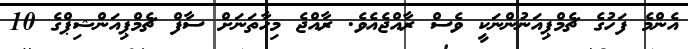
އެންމެ ފަހުގެ ޗެމްޕިއަނުންނަކީ ވެސް ރާއްޖެއެވެ. ރާއްޖެ މިހާތަނަށް ސާފް ޗެމްޕިއަންޝިޕްގެ 10